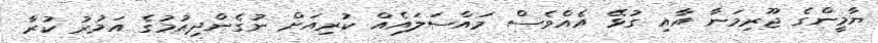
ޔާމީންގެ ޖޫރިމަނާ އާއި ގުޅޭ އެއްވެސް މައްސަލައެއް ކުރިއަށް ނުގެންދިއުމުގެ އަމުރު ކުރާ